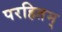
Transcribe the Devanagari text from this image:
परहितम्